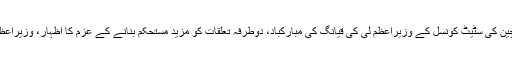
وزیراعظم عمران خان کو عوامی جمہوریہ چین کی سٹیٹ کونسل کے وزیراعظم لی کی قیانگ کی مبارکباد، دوطرفہ تعلقات کو مزید مستحکم بنانے کے عزم کا اظہار، وزیراعظم پاکستان کو چین کے دورہ کی دعوت دی ۔